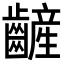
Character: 𪙞